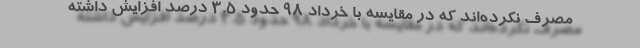
مصرف نكرده‌اند كه در مقايسه با خرداد 98 حدود 3.5 درصد افزايش داشته